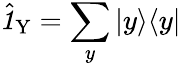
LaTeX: \hat{\textbf{\textit{1}}\, }_{\! \mathrm{Y}}=\sum_{y}|y\rangle\langle y|